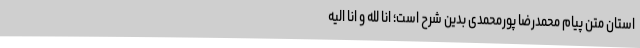
استان متن پیام محمدرضا پورمحمدی بدین شرح است؛ انا لله و انا الیه